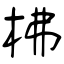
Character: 柫